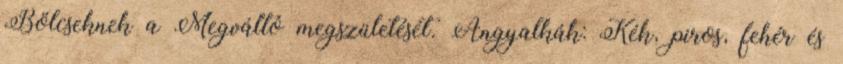
Bölcseknek a Megváltó megszületését. Angyalkák: Kék, piros, fehér és